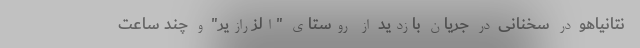
نتانیاهو در سخنانی در جریان بازدید از روستای "الزرازیر" و چند ساعت